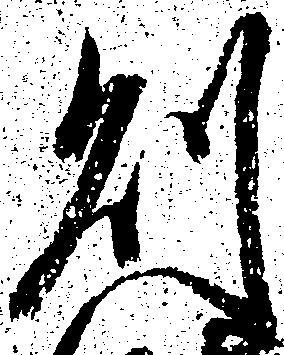
則